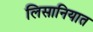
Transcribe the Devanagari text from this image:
लिसानियात